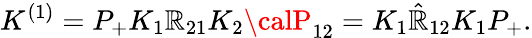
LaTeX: K^{(1)}=P_{+}K_{1}\mathbb{R}_{21}K_{2}{\calP}_{12}=K_{1}\hat{{\mathbb{R}}}_{12}K_{1}P_{+}.